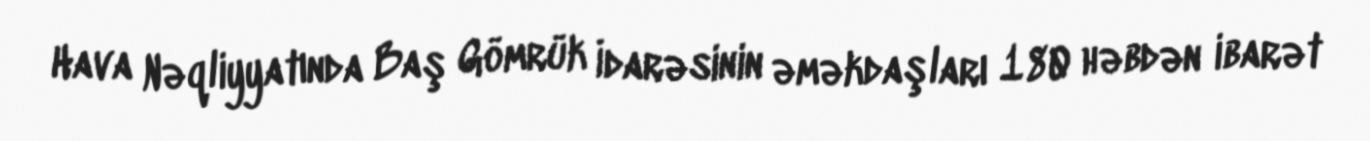
Hava Nəqliyyatında Baş Gömrük İdarəsinin əməkdaşları 180 həbdən ibarət